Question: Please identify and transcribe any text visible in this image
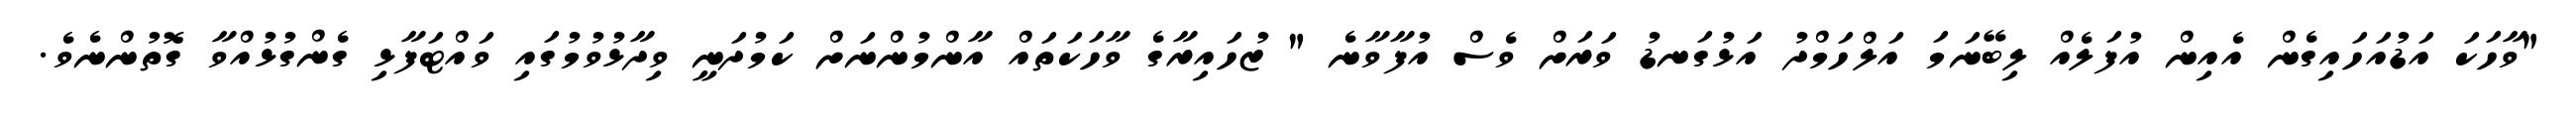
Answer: "ވާހަކަ އަޑުއަހައިގެން އެއިން އުފަލެއް ލިބޭނަމަ އަލްހަމްދު އަޅުގަނޑު ވަރަށް ވެސް އުފާވާނެ " ޒުހައިރާގެ ވާހަކަތައް އާންމުންނަށް ކަމުދަނީ ވިދާޅުވުމުގައި ވައްޓަފާޅި ގެންގުޅުއްވާ ގޮތުންނެވެ.